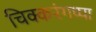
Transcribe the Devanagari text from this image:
चिक्करंगप्पा